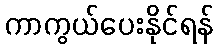
ကာကွယ်ပေးနိုင်ရန်